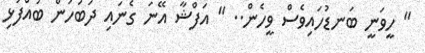
" ހީވަނީ ބަނޑުހައިވެސް ވީހެން.. " އަފްޝާ އޭނަ ގެނައި ދަބަހުން ބުއްފުޅި